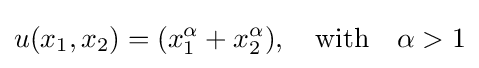
u(x_{1},x_{2})=(x_{1}^{\alpha }+x_{2}^{\alpha }),\quad {\text{with}}\quad \alpha >1